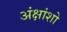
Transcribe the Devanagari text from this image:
अंक्षांशो